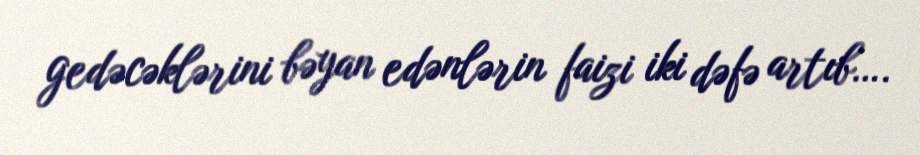
gedəcəklərini bəyan edənlərin faizi iki dəfə artıb….